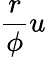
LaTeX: \frac{r}{\phi}u